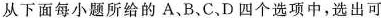
从下面每小题所给的 A、B、C、D四个选项中,选出可